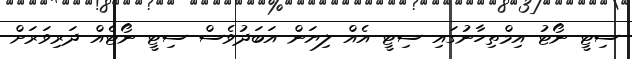
ސިޓީ ނޯޓު އިމްތިހާނުގައި ސިޓީ އެއް ލިޔަން އަބަދުވެސް ސިޓީ ނޯޓެއް ދަރިވަރަށް